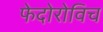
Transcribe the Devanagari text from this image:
फेदोरोविच